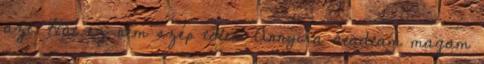
azt. Hát ez nem szép tőlem Annyira átadtam magam